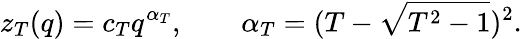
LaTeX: z_{T}(q)=c_{T}q^{\alpha_{T}},\qquad\alpha_{T}=(T-\sqrt{T^{2}-1})^{2}.